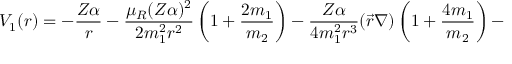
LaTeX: V _ { 1 } ( r ) = - \frac { Z \alpha } { r } - \frac { \mu _ { R } ( Z \alpha ) ^ { 2 } } { 2 m _ { 1 } ^ { 2 } r ^ { 2 } } \left( 1 + \frac { 2 m _ { 1 } } { m _ { 2 } } \right) - \frac { Z \alpha } { 4 m _ { 1 } ^ { 2 } r ^ { 3 } } ( \vec { r } \nabla ) \left( 1 + \frac { 4 m _ { 1 } } { m _ { 2 } } \right) -